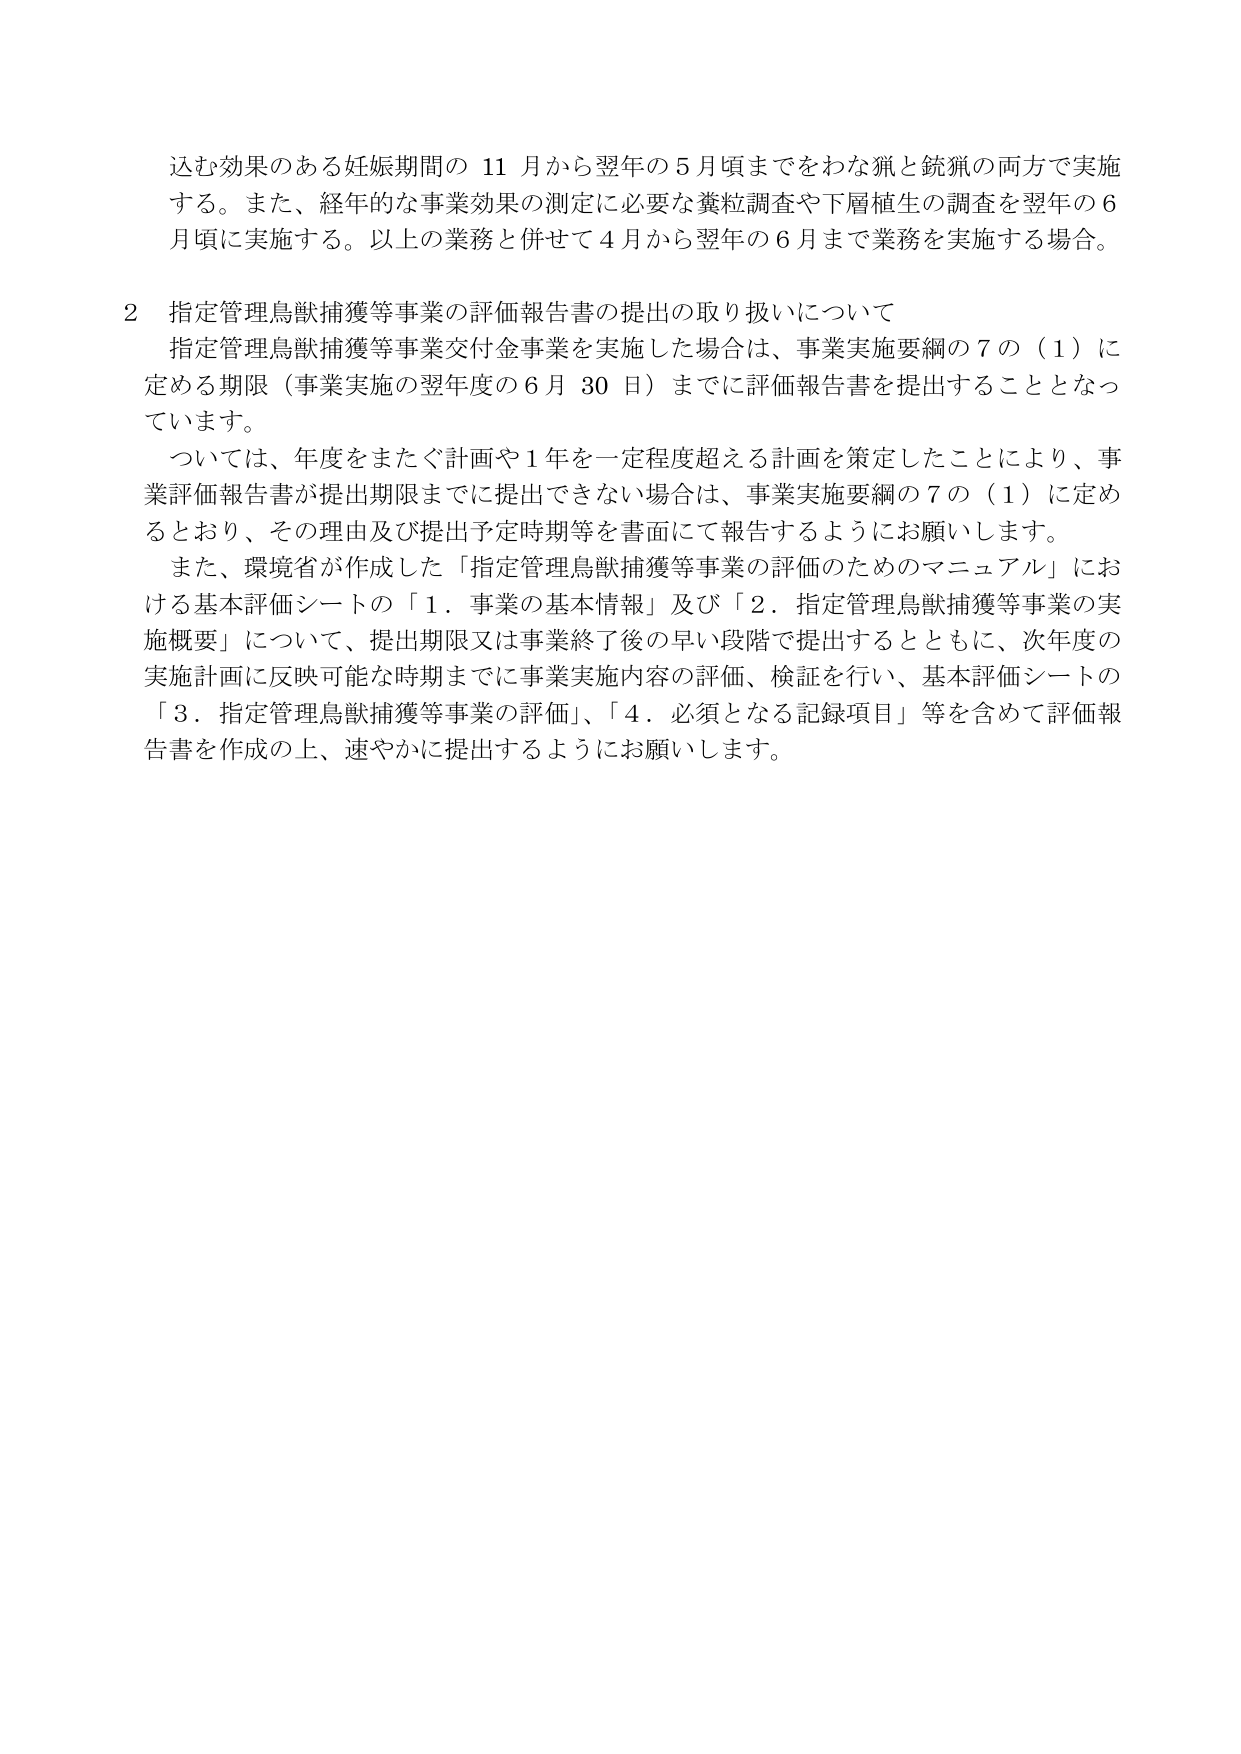
込む効果のある妊娠期間の 11 月から翌年の 5 月頃までをわな猟と銃猟の両方で実施する。また、経年的な事業効果の測定に必要な糞粒調査や下層植生の調査を翌年の 6 月頃に実施する。以上の業務と併せて 4 月から翌年の 6 月まで業務を実施する場合。

2 指定管理鳥獣捕獲等事業の評価報告書の提出の取り扱いについて
指定管理鳥獣捕獲等事業交付金事業を実施した場合は、事業実施要綱の 7 の（1）に定める期限（事業実施の翌年度の 6 月 30 日）までに評価報告書を提出することとなっています。
ついては、年度をまたぐ計画や 1 年を一定程度超える計画を策定したことにより、事業評価報告書が提出期限までに提出できない場合は、事業実施要綱の 7 の（1）に定めるとおり、その理由及び提出予定時期等を書面にて報告するようにお願いします。
また、環境省が作成した「指定管理鳥獣捕獲等事業の評価のためのマニュアル」における基本評価シートの「1．事業の基本情報」及び「2．指定管理鳥獣捕獲等事業の実施概要」について、提出期限又は事業終了後の早い段階で提出するとともに、次年度の実施計画に反映可能な時期までに事業実施内容の評価、検証を行い、基本評価シートの「3．指定管理鳥獣捕獲等事業の評価」、「4．必須となる記録項目」等を含めて評価報告書を作成の上、速やかに提出するようにお願いします。